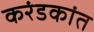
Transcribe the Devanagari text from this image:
करंडकांत